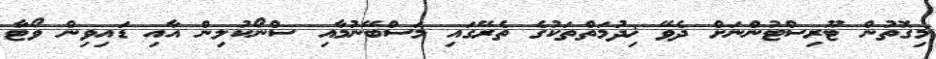
މިގޮތުން ޓޫރިސްޓުންނަށް ދެވޭ ޚިދުމަތްތަކުގެ ތެރޭގައި މަސްބޭނުމާއި ސްނޯކުލިން އާއި ޑައިވިން ވޯޓާ